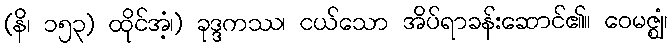
(နိ၊ ၁၅၃) ထိုင်အံ့၊) ခုဒ္ဒကဿ၊ ငယ်သော အိပ်ရာခန်းဆောင်၏။ ဝေမဇ္ဈံ၊